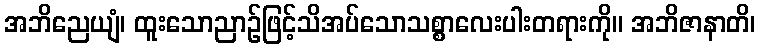
အဘိညေယျံ၊ ထူးသောညာဉ်ဖြင့်သိအပ်သောသစ္စာလေးပါးတရားကို။ အဘိဇာနာတိ၊